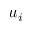
u _ { i }